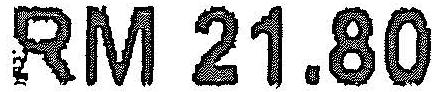
RM 21.80